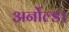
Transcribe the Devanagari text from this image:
अर्नोल्ड।